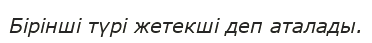
Бірінші түрі жетекші деп аталады.